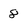
Character: 8